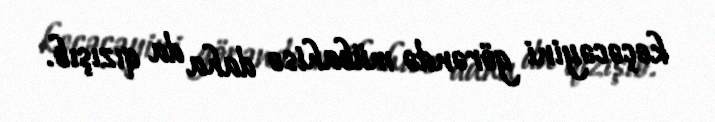
keçəcəyini görəndə mübahisə daha da qızışıb.